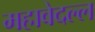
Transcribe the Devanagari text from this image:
महावेदल्ल